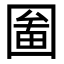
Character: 𡈄